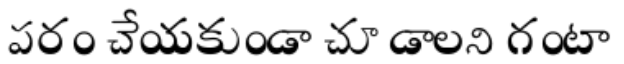
పరం చేయకుండా చూడాలని గంటా